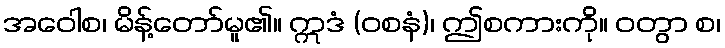
အဝေါစ၊ မိန့်တော်မူ၏။ ဣဒံ (ဝစနံ)၊ ဤစကားကို။ ဝတွာ စ၊